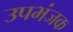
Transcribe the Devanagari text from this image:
उपभंजक